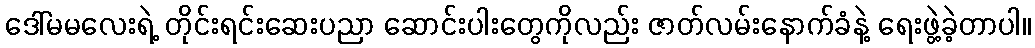
ဒေါ်မမလေးရဲ့ တိုင်းရင်းဆေးပညာ ဆောင်းပါးတွေကိုလည်း ဇာတ်လမ်းနောက်ခံနဲ့ ရေးဖွဲ့ခဲ့တာပါ။